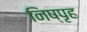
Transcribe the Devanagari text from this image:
निष्पृह